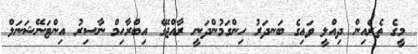
މީގެ ތެރެއިން ދިއްލީ ވައިގެ ބަނދަރު ހިންގަމުންދަނީ ރާއްޖޭގެ އިބްރާހިމް ނާސިރު އިންޓަނޭޝަނަލް